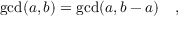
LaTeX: \operatorname* { g c d } ( a , b ) = \operatorname* { g c d } ( a , b - a ) \quad ,